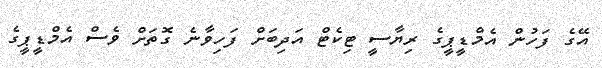
އޭގެ ފަހުން އެމްޑީޕީގެ ރިޔާސީ ޓިކެޓް އަދިބަށް ފަހިވާނެ ގޮތަށް ވެސް އެމްޑީޕީގެ